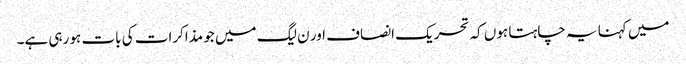
میں کہنا یہ چاہتا ہوں کہ تحریک انصاف اور ن لیگ میں جو مذاکرات کی بات ہو رہی ہے۔